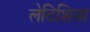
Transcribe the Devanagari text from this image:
लेटिशिया